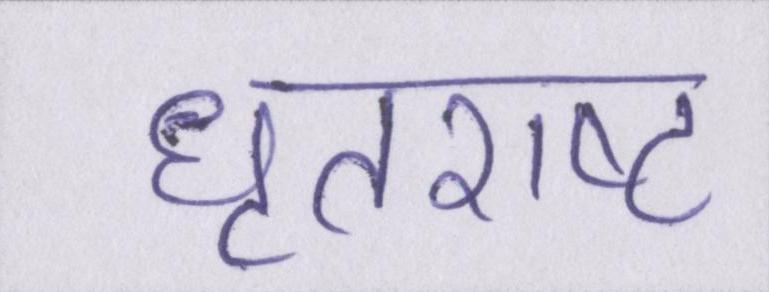
धृतराष्ट